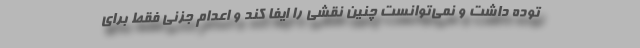
توده داشت و نمی‌توانست چنین نقشی را ایفا كند و اعدام جزنی فقط برای